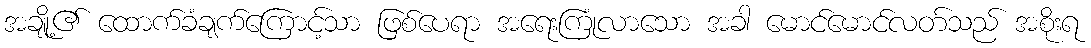
အချို့၏ ထောက်ခံချက်ကြောင့်သာ ဖြစ်ပေရာ အရေးကြုံလာသော အခါ မောင်မောင်လတ်သည် အစိုးရ